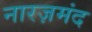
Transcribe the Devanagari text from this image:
नारज़मंद